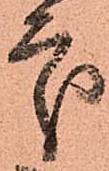
處